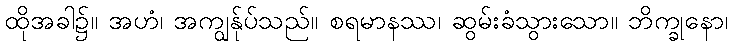
ထိုအခါ၌။ အဟံ၊ အကျွန်ုပ်သည်။ စရမာနဿ၊ ဆွမ်းခံသွားသော။ ဘိက္ခုနော၊